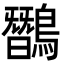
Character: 𪅽